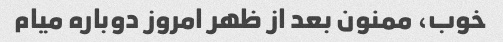
خوب، ممنون بعد از ظهر امروز دوباره میام